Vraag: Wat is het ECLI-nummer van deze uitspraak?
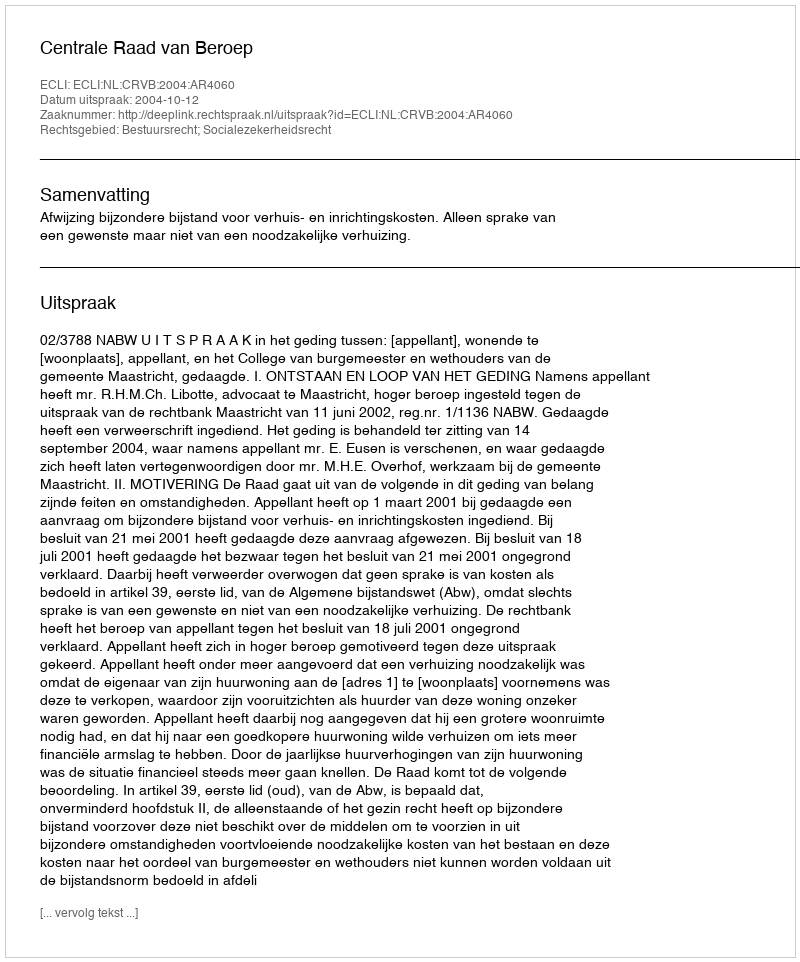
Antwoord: ECLI:NL:CRVB:2004:AR4060